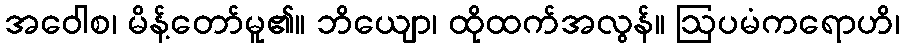
အဝေါစ၊ မိန့်တော်မူ၏။ ဘိယျော၊ ထိုထက်အလွန်။ ဩပမံကရောဟိ၊